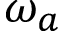
\omega _ { a }